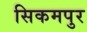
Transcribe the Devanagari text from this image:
सिकमपुर